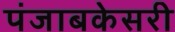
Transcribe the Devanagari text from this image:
पंजाबकेसरी